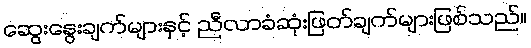
ဆွေးနွေးချက်များနှင့် ညီလာခံဆုံးဖြတ်ချက်များဖြစ်သည်။